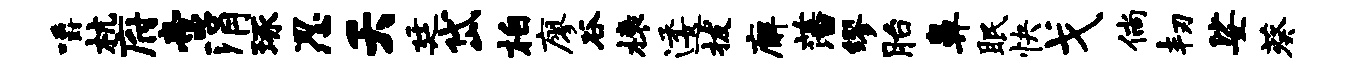
嚼杭府啻涓琢忍夭廷岱柏廖谷榱逶拔廨藩缪胎鼻眠快戈倘韧娑葵